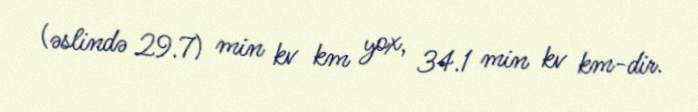
(əslində 29.7) min kv km yox, 34.1 min kv km-dir.